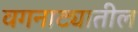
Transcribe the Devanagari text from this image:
वगनाट्यातील